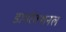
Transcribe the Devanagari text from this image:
डायरेक्शनल